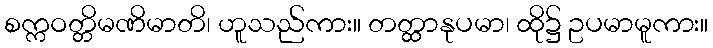
စက္ကဝတ္တိမဏိမာတိ၊ ဟူသည်ကား။ တတ္ထာနုပမာ၊ ထို၌ ဥပမာမူကား။